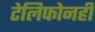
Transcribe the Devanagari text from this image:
टेलिफोनही